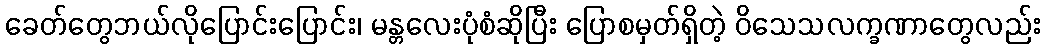
ခေတ်တွေဘယ်လိုပြောင်းပြောင်း၊ မန္တလေးပုံစံဆိုပြီး ပြောစမှတ်ရှိတဲ့ ဝိသေသလက္ခဏာတွေလည်း